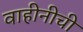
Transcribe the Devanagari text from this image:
वाहीनीची